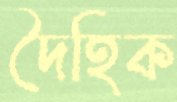
দৈহিক